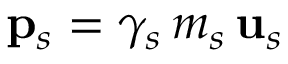
{ \bf p } _ { s } = \gamma _ { s } \, m _ { s } \, { \bf u } _ { s }